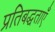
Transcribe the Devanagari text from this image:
प्रतिबद्धताएँ